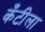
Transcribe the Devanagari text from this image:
कँटीला